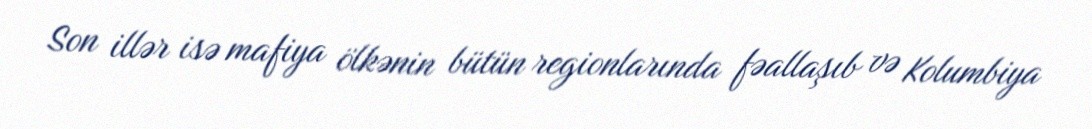
Son illər isə mafiya ölkənin bütün regionlarında fəallaşıb və Kolumbiya